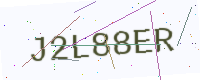
Text: J2L88ER